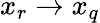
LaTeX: x_{r}\rightarrow x_{q}